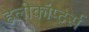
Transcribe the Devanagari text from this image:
हेलीकॉप्टर्स